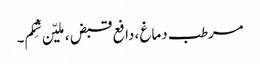
مرطب دماغ ،دافع قبض ،ملیّن شِکم۔